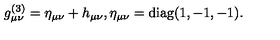
g _ { \mu \nu } ^ { ( 3 ) } = \eta _ { \mu \nu } + h _ { \mu \nu } , \eta _ { \mu \nu } = \mathrm { d i a g } ( 1 , - 1 , - 1 ) .